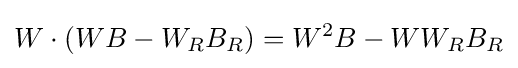
W\cdot (WB-W_{R}B_{R})=W^{2}B-WW_{R}B_{R}